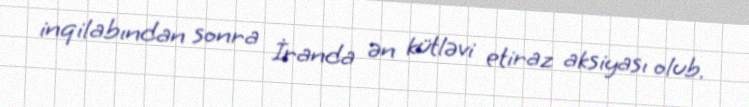
inqilabından sonra İranda ən kütləvi etiraz aksiyası olub.